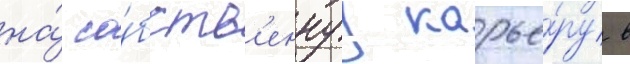
на́ со́бств'еннуу карье́ру в